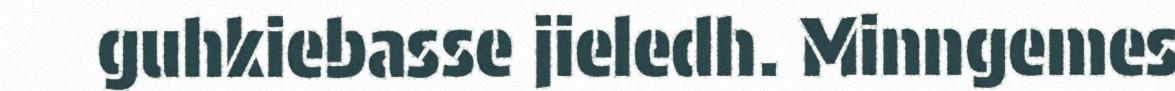
guhkiebasse jieledh. Minngemes